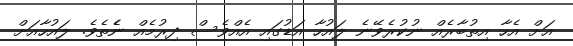
އަށް އެހާ އިތުބާރެއް ނުކުރެވޭނެ ލައުހާ އަޑުގައި އެއްވެސް ދިރުމެއް ނެެތެވެ. ލައުހާއަށް